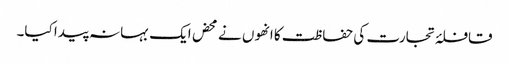
قافلۂ تجارت کی حفاظت کا انھوں نے محض ایک بہانہ پیدا کیا۔